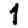
Digit: 1